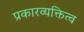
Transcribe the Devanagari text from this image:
प्रकारव्यक्तित्व